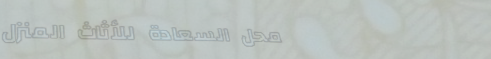
محل السعادة للأثاث المنزل